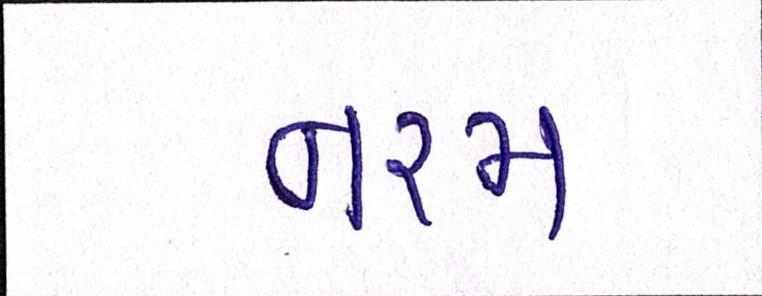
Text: નરમ